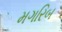
મગરિબ